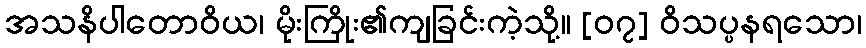
အသနိပါတောဝိယ၊ မိုးကြိုး၏ကျခြင်းကဲ့သို့။ [၀၇] ဝိသပ္ပနရသော၊